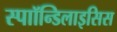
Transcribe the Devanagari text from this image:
स्पाॉन्डिलाइसिस